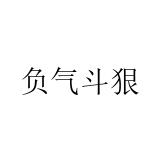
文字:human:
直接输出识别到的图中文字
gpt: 负气斗狠